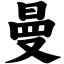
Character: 曼